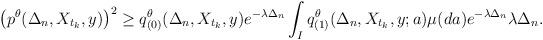
LaTeX: \begin{align*}\left(p^{\theta}(\Delta_n,X_{t_k},y)\right)^2\geq q_{(0)}^{\theta}(\Delta_n,X_{t_k},y)e^{-\lambda \Delta_n}\int_{I}q_{(1)}^{\theta}(\Delta_n,X_{t_k},y;a)\mu(da)e^{-\lambda \Delta_n}\lambda \Delta_n.\end{align*}